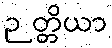
ဉတ္တိယာ